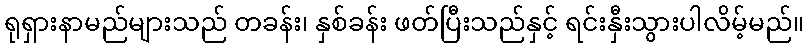
ရုရှားနာမည်များသည် တခန်း၊ နှစ်ခန်း ဖတ်ပြီးသည်နှင့် ရင်းနှီးသွားပါလိမ့်မည်။